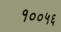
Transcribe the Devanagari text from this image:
१००५६